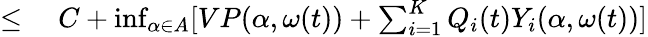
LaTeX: \begin{array}{rl}{\leq{}}&{{}C+\operatorname*{inf}_{\alpha\in A}[VP(\alpha,\omega(t))+\sum_{i=1}^{K}Q_{i}(t)Y_{i}(\alpha,\omega(t))]}\end{array}